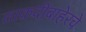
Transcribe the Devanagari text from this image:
ताकदीबाहेरचे